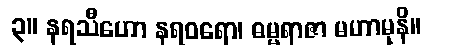
၃။ နရသီဟော နရဝရော၊ ဓမ္မရာဇာ မဟာမုနိ။